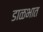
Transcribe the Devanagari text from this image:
डाळभात